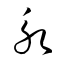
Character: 永